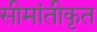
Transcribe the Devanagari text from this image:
सीमांतीकृत